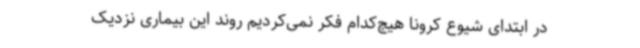
در ابتدای شیوع کرونا هیچ‌کدام فکر نمی‌کردیم روند این بیماری نزدیک